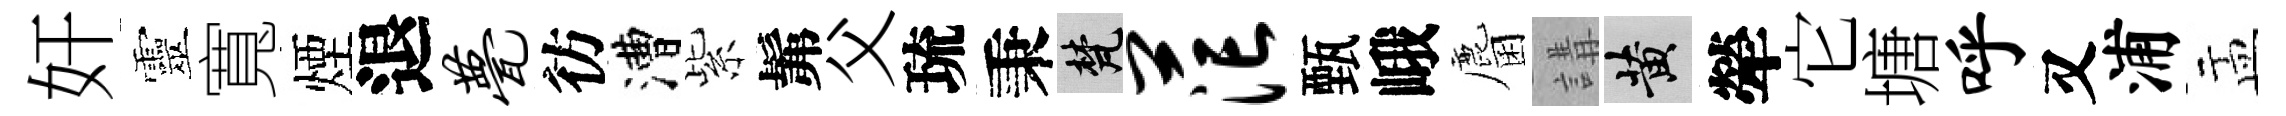
奸靈寬煙退甍彷漕紫髴父琉秉梵茫甄峨麕講黄犖它塘呼又浦盂